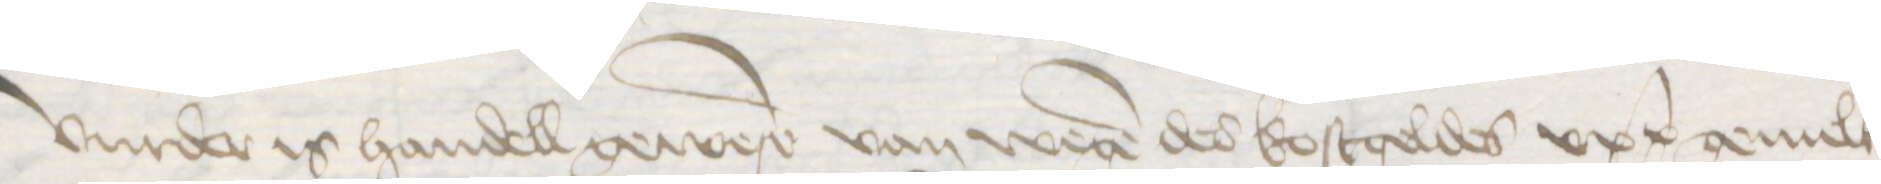
Vurder is handell gewesen van wegen des kostgeldes upp gemelter